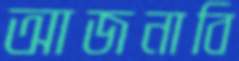
আজনাবি